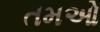
તમઓ